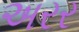
અરર